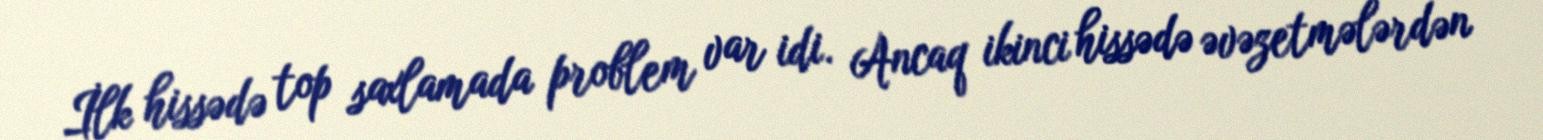
İlk hissədə top saxlamada problem var idi. Ancaq ikinci hissədə əvəzetmələrdən